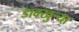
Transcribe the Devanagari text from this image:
डावखुऱ्या